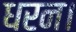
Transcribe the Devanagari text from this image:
धरन।